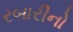
રબારીનો